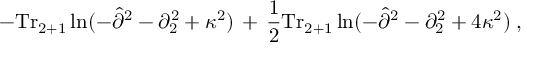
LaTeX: - \mathrm { T r } _ { 2 + 1 } \ln ( - { \hat { \partial } } ^ { 2 } - \partial _ { 2 } ^ { 2 } + \kappa ^ { 2 } ) \, + \, \frac { 1 } { 2 } \mathrm { T r } _ { 2 + 1 } \ln ( - { \hat { \partial } } ^ { 2 } - \partial _ { 2 } ^ { 2 } + 4 \kappa ^ { 2 } ) \; ,